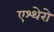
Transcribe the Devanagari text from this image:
एश्थेरो